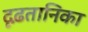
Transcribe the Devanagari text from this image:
दृढ़तानिका